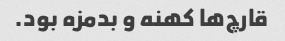
قارچ‌ها کهنه و بدمزه بود.